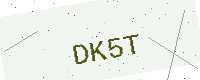
Text: DK5T